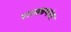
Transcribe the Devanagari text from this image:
परागकणांवर